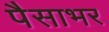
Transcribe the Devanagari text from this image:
पैसाभर